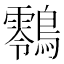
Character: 䴇